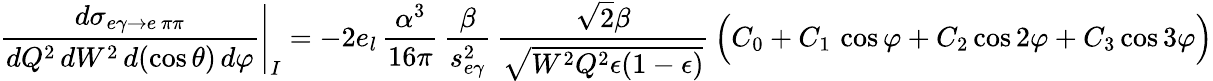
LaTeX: \left.\frac{d\sigma_{e\gamma\to e\, \pi\pi}}{dQ^{2}\, dW^{2}\, d(\cos\theta)\, d\varphi}\right|_{I}=-2e_{l}\, \frac{\alpha^{3}}{16\pi}\, \frac{\beta}{s_{e\gamma}^{2}}\, \frac{\sqrt{2}\beta}{\sqrt{W^{2}Q^{2}\epsilon(1-\epsilon)}}\, \Big(C_{0}+C_{1}\, \cos\varphi+C_{2}\cos 2\varphi+C_{3}\cos 3\varphi\Big)